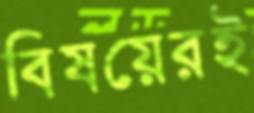
বিষয়েরই